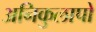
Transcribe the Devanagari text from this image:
अनिकुलापो